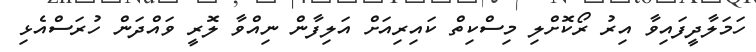
ހަމަލާދީފައިވާ އިރު ރޯކޮށްލި މިސްކިތް ކައިރިއަށް އަލިފާން ނިއްވާ ލޮރީ ވައްދަން ހުރަސްއެޅި